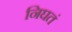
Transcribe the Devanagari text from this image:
निघतं